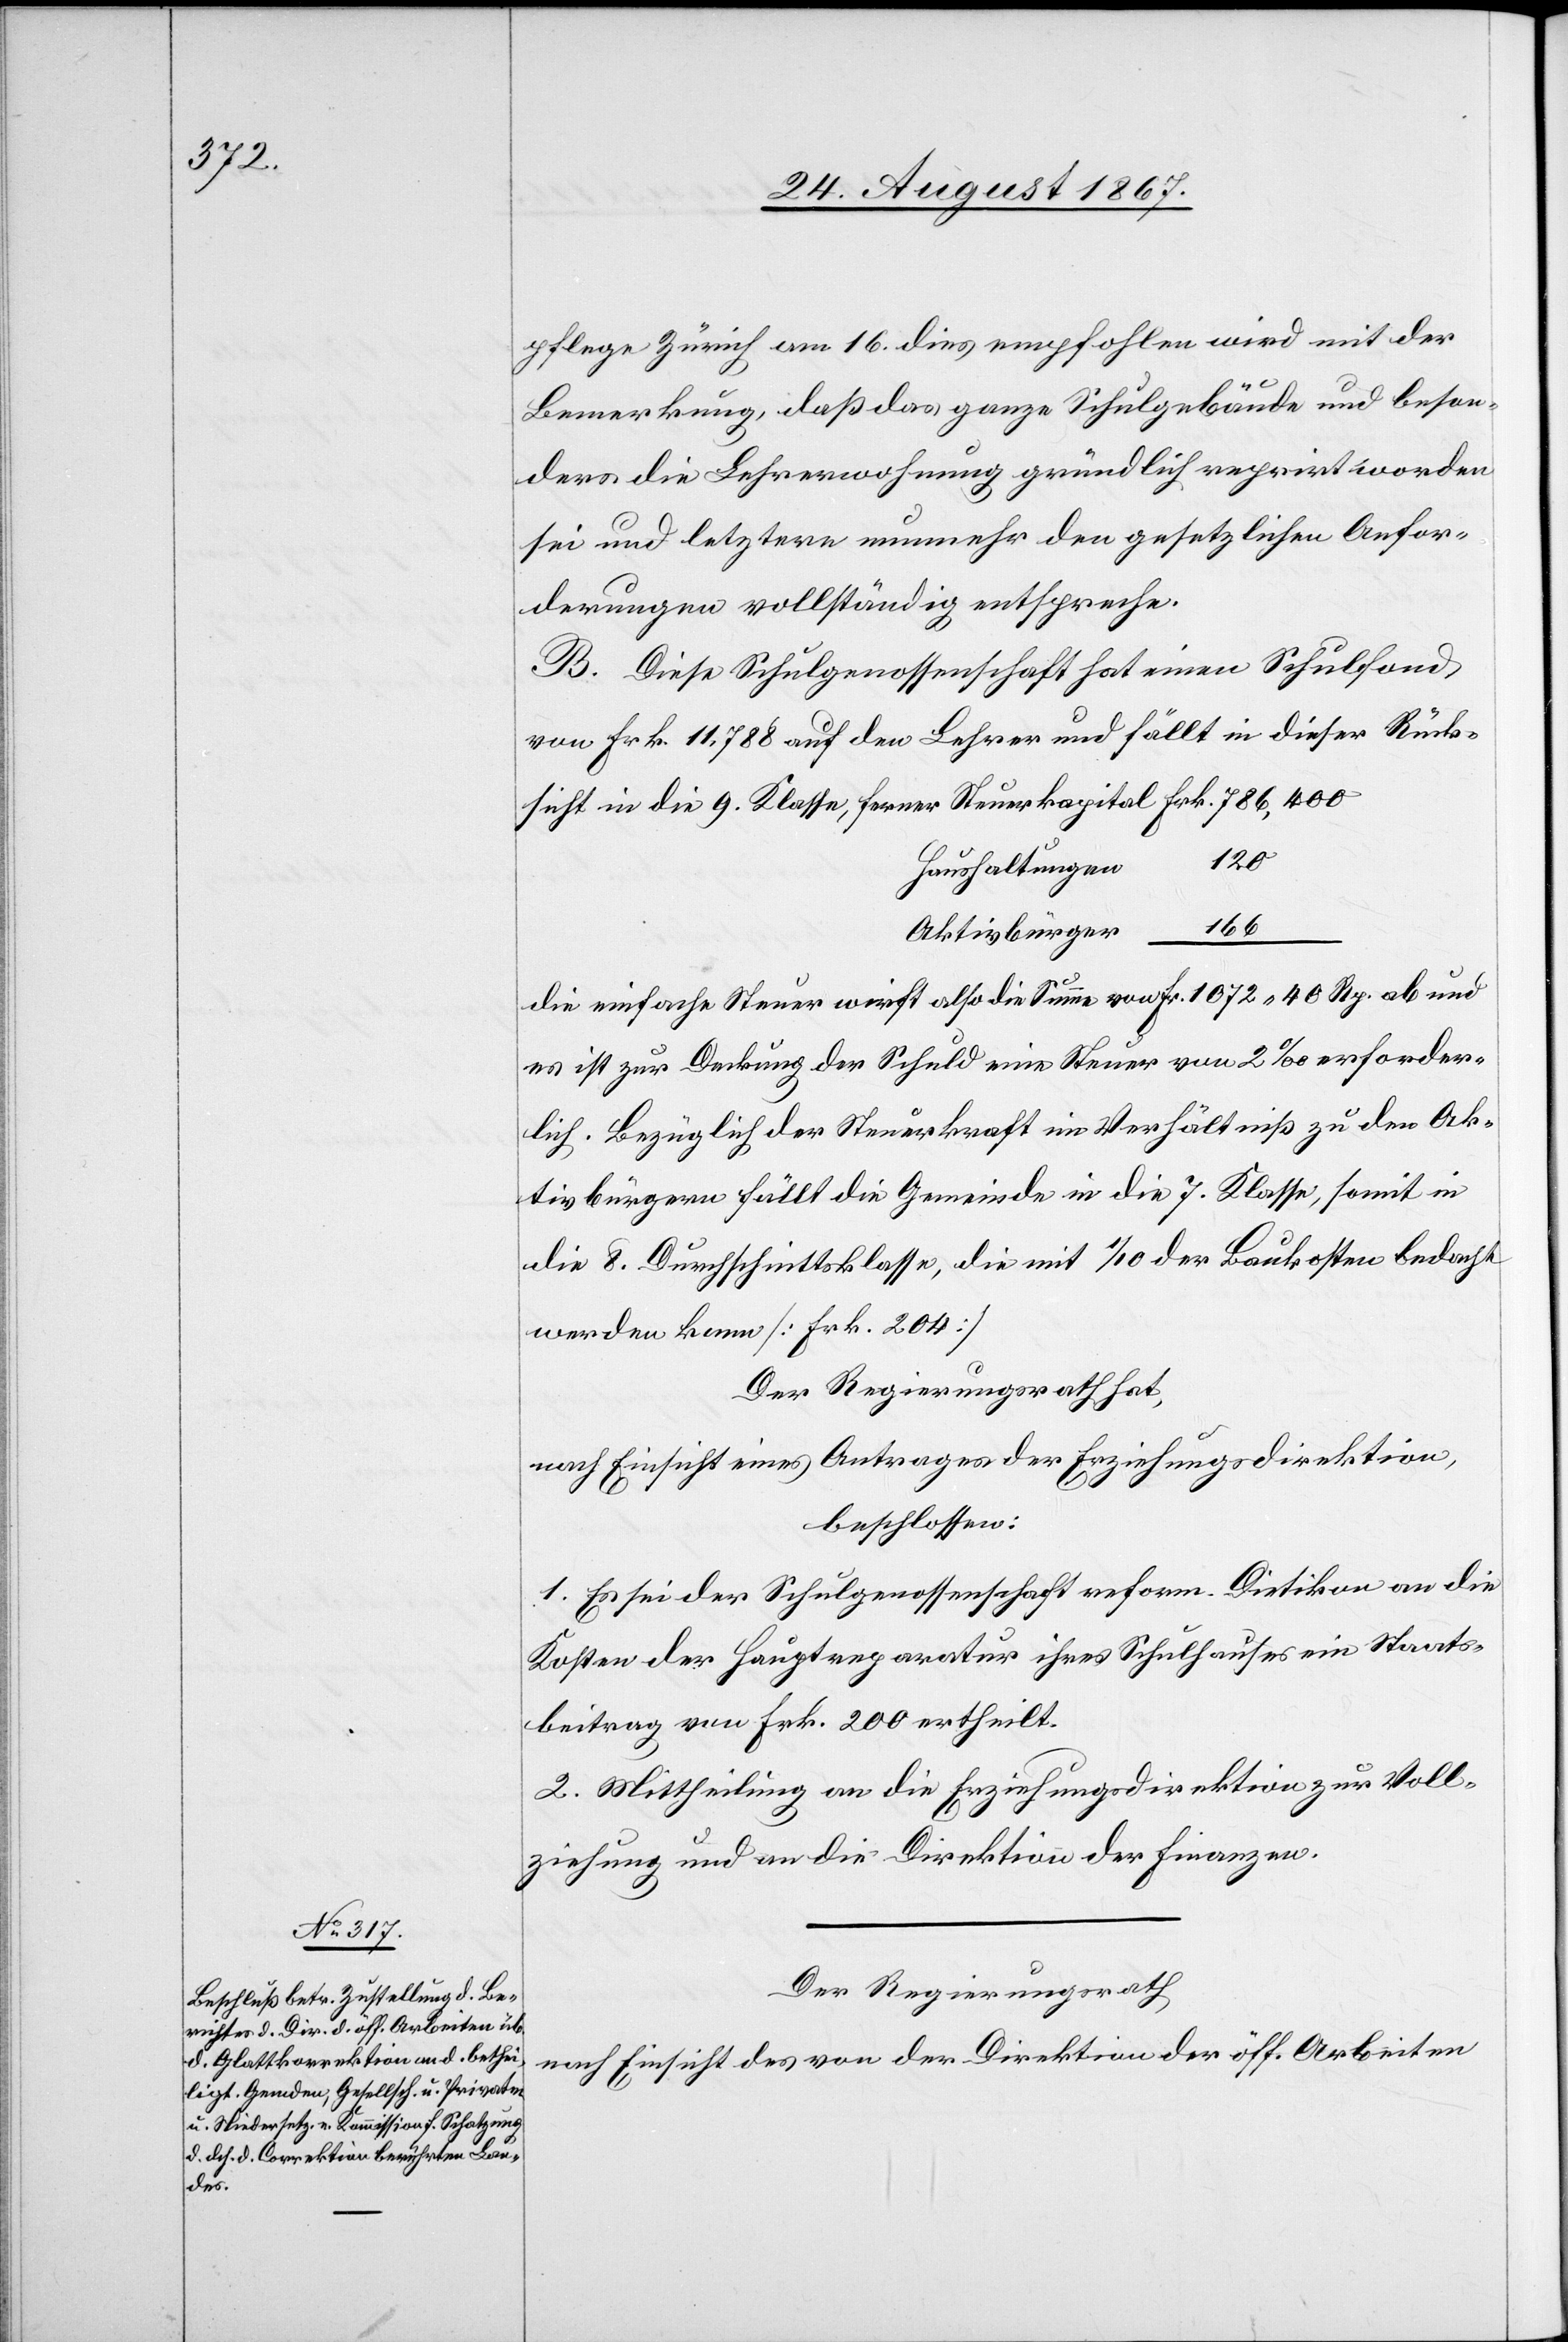
pflege Zürich am 16. dies empfohlen wird mit der
Bemerkung, daß das ganze Schulgebäude und beson¬
ders die Lehrerwohnung gründlich reparirt worden
sei und letztere nunmehr den gesetzlichen Anfor¬
derungen vollständig entspreche.
B. Diese Schulgenossenschaft hat einen Schulfond
von Frk. 11 788 auf den Lehrer und fällt in dieser Rück¬
sicht in die 9. Klasse, ferner 	Steuerkapital Frk. 786 400
n	120
Haushaltunge¬
Aktivbürger		166
die einfache Steuer wirft also die Summe von					Fr. 1072.40 Rp. ab und
es ist zur Deckung der Schuld eine Steuer von 2‰ erforder¬
lich. Bezüglich der Steuerkraft im Verhältniß zu den Ak¬
tivbürgern fällt die Gemeinde in die 7. Klasse, somit in
die 8. Durchschnittsklasse, die mit 1/10 der Baukosten bedacht
werden kann [Frk. 204].
Der Regierungsrath hat,
nach Einsicht eines Antrages der Erziehungsdirektion,
beschlossen:
1. Es sei der Schulgenossenschaft reform. Dietikon an die
Kosten der Hauptreparatur ihres Schulhauses ein Staats¬
beitrag von Frk. 200 ertheilt.
2. Mittheilung an die Erziehungsdirektion zur Voll¬
ziehung und an die Direktion der Finanzen.
Der Regierungsrath
nach Einsicht des von der Direktion der öff. Arbeiten